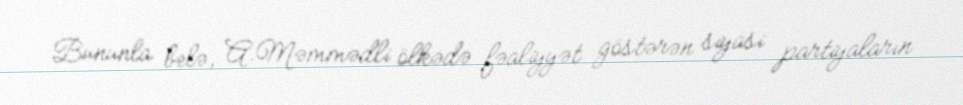
Bununla belə, A.Məmmədli ölkədə fəaliyyət göstərən siyasi partiyaların